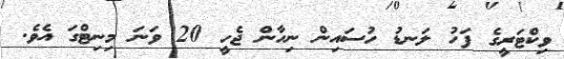
ވިކްޓަރީގެ ފަހު ލަނޑު ހުސައިން ނިހާން ޖެހީ 20 ވަނަ މިނިޓްގަ އެވެ.